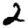
Digit: 2